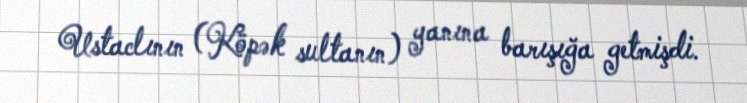
Ustaclının (Köpək sultanın) yanına barışığa getmişdi.